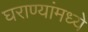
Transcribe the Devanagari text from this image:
घराण्यांमध्ये